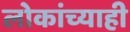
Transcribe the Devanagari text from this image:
लोकांच्याही